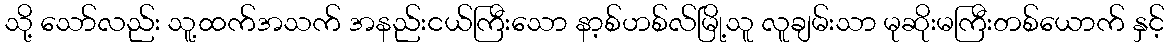
သို့ သော်လည်း သူ့ထက်အသက် အနည်းငယ်ကြီးသော နာ့စ်ဟစ်လ်မြို့သူ လူချမ်းသာ မုဆိုးမကြီးတစ်ယောက် နှင့်